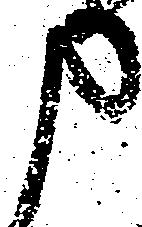
申